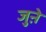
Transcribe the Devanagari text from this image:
जुऩे